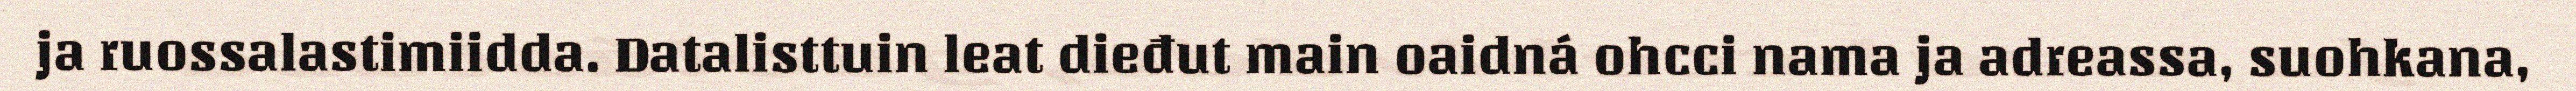
ja ruossalastimiidda. Datalisttuin leat dieđut main oaidná ohcci nama ja adreassa, suohkana,